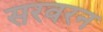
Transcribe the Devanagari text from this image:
सरवरन